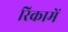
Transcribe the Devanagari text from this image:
रिकामें